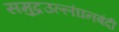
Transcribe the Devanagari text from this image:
समुद्रउल्लंघनबंदी